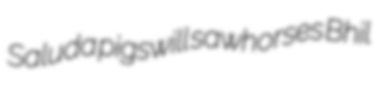
Saluda pigswill sawhorses Bhil